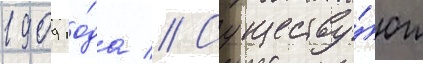
1909 го́да // Существу́ют